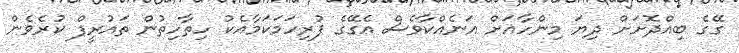
ގޭގެ ބިއްދޮށަށް ދިޔަ މިންހާއަށް އަނެއްކާވެސް އެގޭގެ ފުރިހަމަކަމާއެކު ހިތާހިތުން ތައުރީފް ކުރެވެން